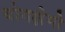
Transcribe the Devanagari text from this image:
योगक्षेमो